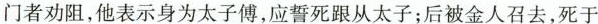
门者劝阻，他表示身为太子傅，应誓死跟从太子；后被金人召去，死于